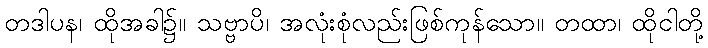
တဒါပန၊ ထိုအခါ၌။ သဗ္ဗာပိ၊ အလုံးစုံလည်းဖြစ်ကုန်သော။ တထာ၊ ထိုငါတို့